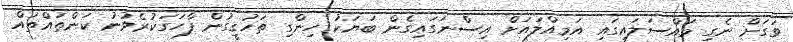
ވަގަށް ނެގި މައްސަލައިގައި އަމިއްލައަށް އިސްނަގައިގެން ބަޔަކު ހިންގި ތަހުގީގުން ފާހަގަކުރެވުނު ކަންތައްތައް